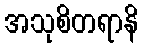
အသုစိတရာနိ